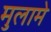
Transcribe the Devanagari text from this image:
मुलामे